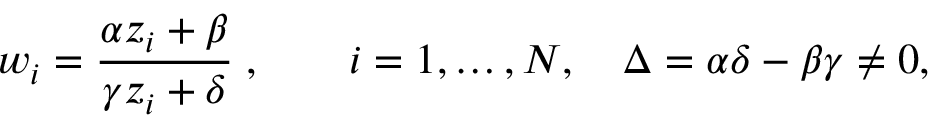
w _ { i } = { \frac { \alpha z _ { i } + \beta } { \gamma z _ { i } + \delta } } \; , \qquad i = 1 , \dots , N , \quad \Delta = \alpha \delta - \beta \gamma \ne 0 ,